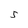
Character: 5